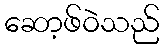
ဆော့ဖ်ဝဲသည်